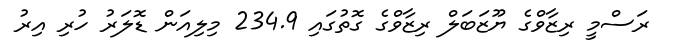
ރަސްމީ ރިޒާވްގެ ޔޫޒަބަލް ރިޒާވްގެ ގޮތުގައި 234.9 މިލިއަން ޑޮލަރު ހުރި އިރު